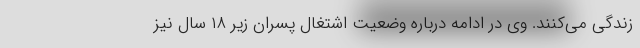
زندگی می‌کنند. وی در ادامه درباره وضعیت اشتغال پسران زیر ۱۸ سال نیز